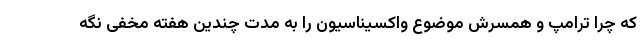
که چرا ترامپ و همسرش موضوع واکسیناسیون را به مدت چندین هفته مخفی نگه